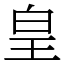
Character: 皇